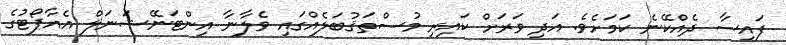
ފައިސާ ދެއްކޭނެ ކަމަށެވެ. އަދި ވަރަށް ކައިރި މުސްތަޤުބަލެއްގައި ވެލާނާ އިންޓަނޭޝަނަލް އެއާޕޯޓުގެ